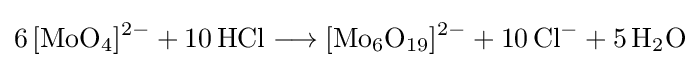
{6\,[\mathrm {MoO} {\vphantom {A}}_{\smash[{t}]{4}}]{\vphantom {A}}^{2-}{}+{}10\,\mathrm {HCl} {}\mathrel {\longrightarrow } {}[\mathrm {Mo} {\vphantom {A}}_{\smash[{t}]{6}}\mathrm {O} {\vphantom {A}}_{\smash[{t}]{19}}]{\vphantom {A}}^{2-}{}+{}10\,\mathrm {Cl} {\vphantom {A}}^{-}{}+{}5\,\mathrm {H} {\vphantom {A}}_{\smash[{t}]{2}}\mathrm {O} }